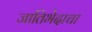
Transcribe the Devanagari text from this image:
जातिभेदाचा